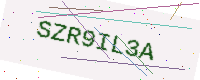
Text: SZR9IL3A